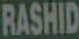
RASHID